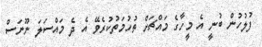
ފުލުހުން ބުނީ އެ މީހާގެ މައްޗަށް ތުހުމަތުކުރެވޭ އެ ދެ މައްސަލަ ނޫނަސް